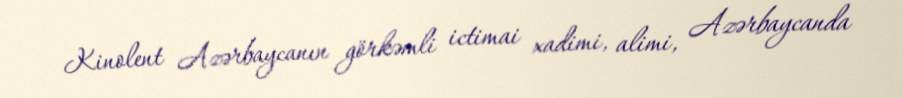
Kinolent Azərbaycanın görkəmli ictimai xadimi, alimi, Azərbaycanda